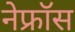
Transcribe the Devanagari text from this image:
नेफ्रॉस